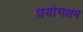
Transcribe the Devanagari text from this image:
प्रयोगक्षम